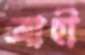
ব্রোহী